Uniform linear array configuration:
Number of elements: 8
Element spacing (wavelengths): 1
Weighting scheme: kaiser
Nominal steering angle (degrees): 30
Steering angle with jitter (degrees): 28.094
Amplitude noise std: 0.05
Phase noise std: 0.05

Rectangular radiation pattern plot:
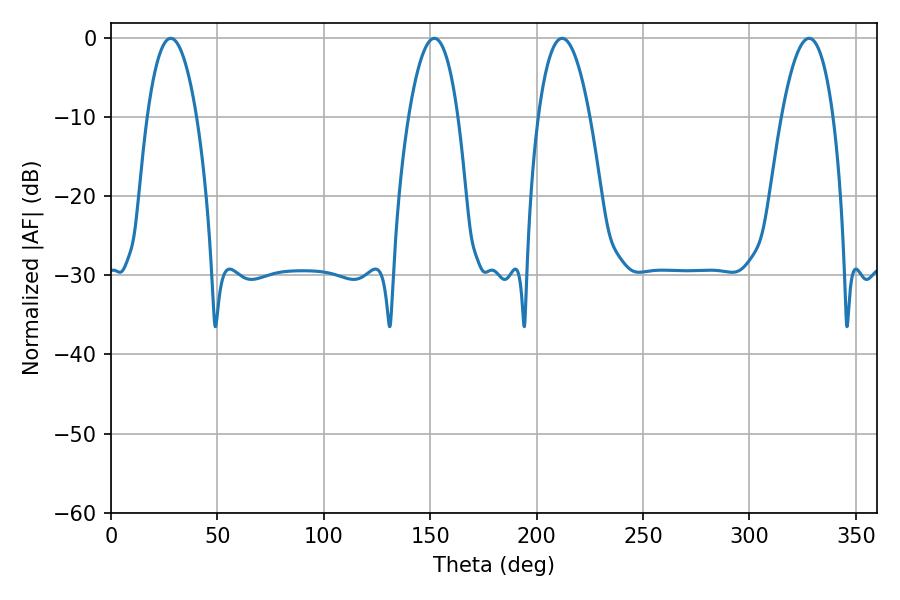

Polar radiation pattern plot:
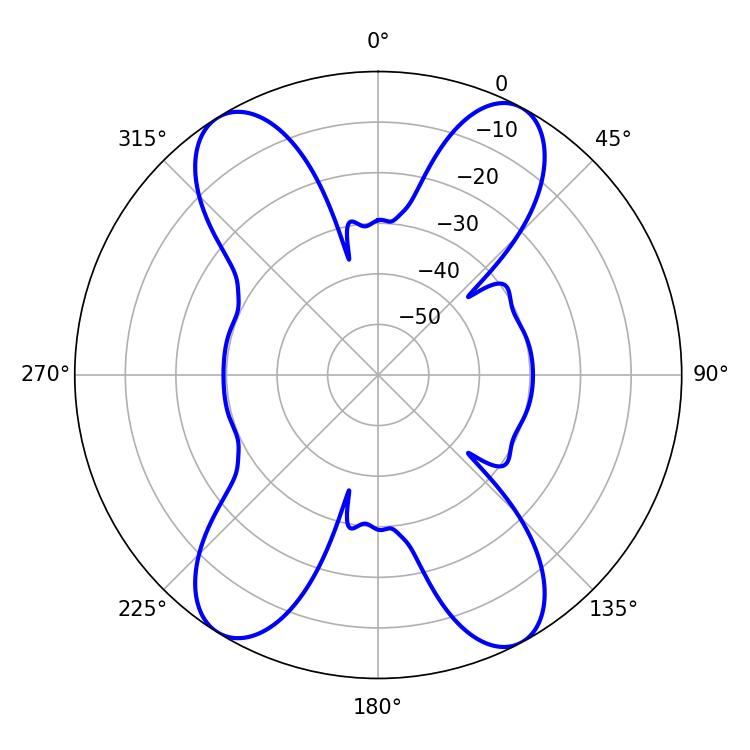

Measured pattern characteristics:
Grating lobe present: TRUE
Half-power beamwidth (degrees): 12.96
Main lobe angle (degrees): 28.08